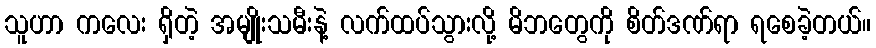
သူဟာ ကလေး ရှိတဲ့ အမျိုးသမီးနဲ့ လက်ထပ်သွားလို့ မိဘတွေကို စိတ်ဒဏ်ရာ ရစေခဲ့တယ်။